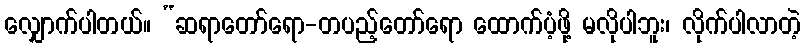
လျှောက်ပါတယ်။ “ဆရာတော်ရော-တပည့်တော်ရော ထောက်ပံ့ဖို့ မလိုပါဘူး၊ လိုက်ပါလာတဲ့